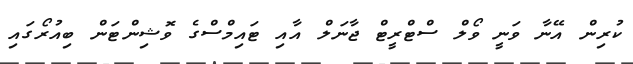
ކުރިން އޭނާ ވަނީ ވޯލް ސްޓްރީޓް ޖާނަލް އާއި ޓައިމްސްގެ ވޮޝިންޓަން ބިއުރޯގައި